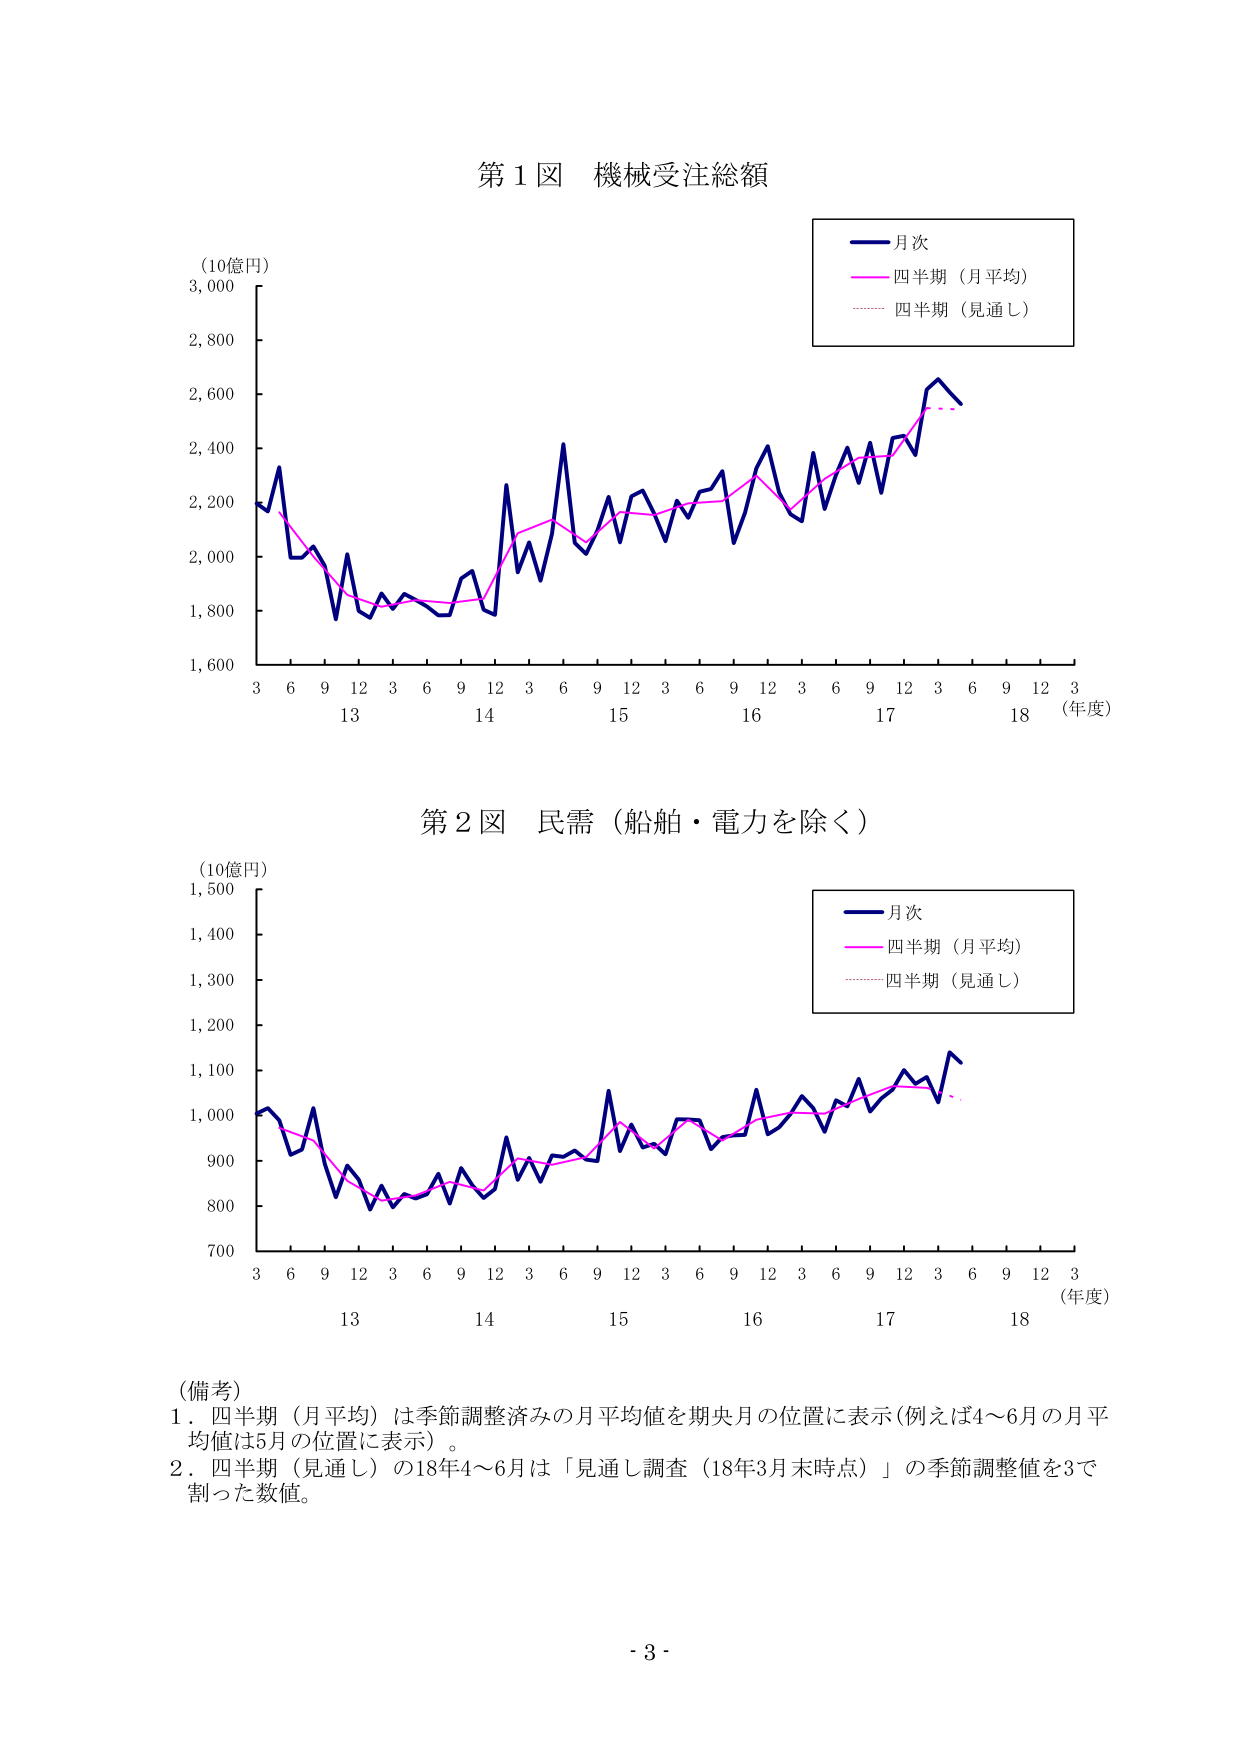
第１図 機械受注総額
（10億円）
3,000
2,800
2,600
2,400
2,200
2,000
1,800
1,600
月次
四半期（月平均）
四半期（見通し）
3 6 9 12 3 6 9 12 3 6 9 12 3 6 9 12 3 6 9 12 3
13 14 15 16 17 18 （年度）

第２図 民需（船舶・電力を除く）
（10億円）
1,500
1,400
1,300
1,200
1,100
1,000
900
800
700
月次
四半期（月平均）
四半期（見通し）
3 6 9 12 3 6 9 12 3 6 9 12 3 6 9 12 3 6 9 12 3
13 14 15 16 17 18 （年度）

（備考）
1．四半期（月平均）は季節調整済みの月平均値を期央月の位置に表示（例えば4～6月の月平均値は5月の位置に表示）。
2．四半期（見通し）の18年4～6月は「見通し調査（18年3月末時点）」の季節調整値を3で割った数値。

- 3 -